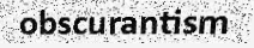
obscurantism